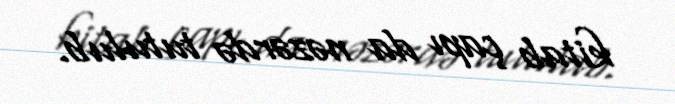
kitab çapı da nəzərdə tutulub.